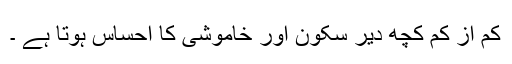
کم از کم کچھ دیر سکون اور خاموشی کا احساس ہوتا ہے ۔